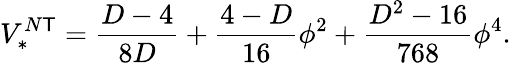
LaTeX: V_{*}^{N\mathsf{T}}=\frac{{D-4}}{{8D}}+\frac{{4-D}}{{16}}\phi^{2}+\frac{{D^{2}-16}}{{768}}\phi^{4}.